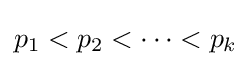
p_{1}<p_{2}<\dots <p_{k}